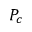
P _ { c }